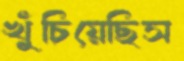
খুঁচিয়েছিস